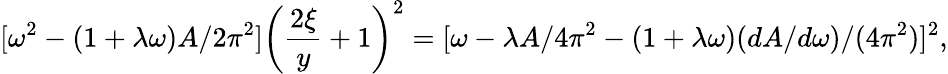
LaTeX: [\omega^{2}-(1+\lambda\omega)A/2\pi^{2}]\left(\frac{2\xi}{y}+1\right)^{2}=[\omega-\lambda A/4\pi^{2}-(1+\lambda\omega)(dA/d\omega)/(4\pi^{2})]^{2},